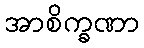
အာစိက္ခဏာ